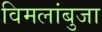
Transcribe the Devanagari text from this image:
विमलांबुजा